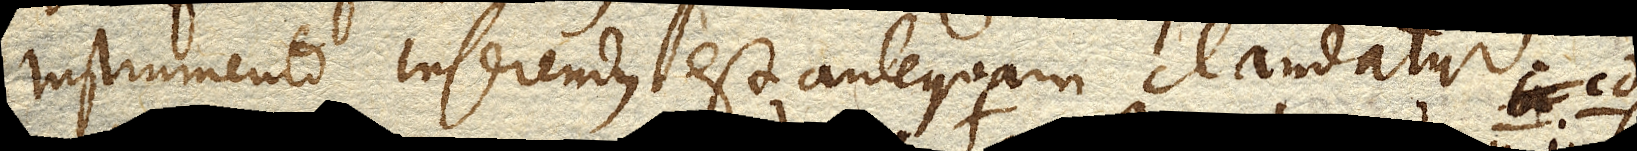
Instrumento inserendus est antequam claudatur.